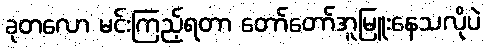
ခုတလော မင်းကြည့်ရတာ တော်တော်အူမြူးနေသလိုပဲ